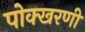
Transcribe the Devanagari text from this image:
पोक्खरणी